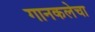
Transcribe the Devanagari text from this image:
गानकलेचा